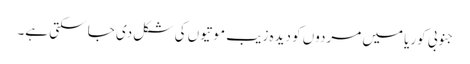
جنوبی کوریا میں مردوں کو دیدہ زیب موتیوں کی شکل دی جا سکتی ہے۔